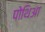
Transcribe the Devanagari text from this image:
पोथिआ